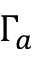
\Gamma _ { a }